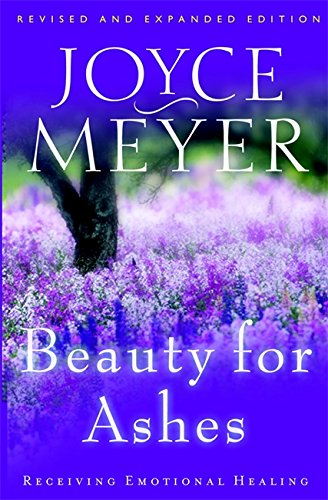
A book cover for Beauty for Ashes: Receiving Emotional Healing; Joyce Meyer; Self-Help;